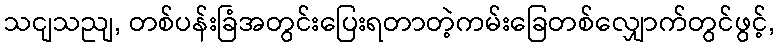
သငျသညျ, တစ်ပန်းခြံအတွင်းပြေးရတာတဲ့ကမ်းခြေတစ်လျှောက်တွင်ဖွင့်,